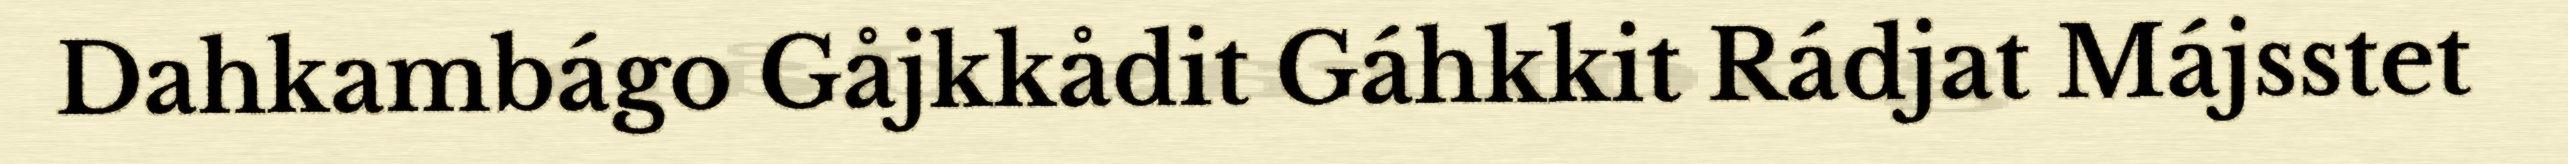
Dahkambágo Gåjkkådit Gáhkkit Rádjat Májsstet